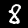
Digit: 8